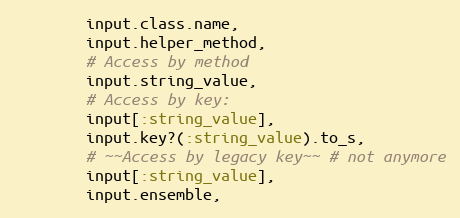
Language: Ruby
        input.class.name,
        input.helper_method,
        # Access by method
        input.string_value,
        # Access by key:
        input[:string_value],
        input.key?(:string_value).to_s,
        # ~~Access by legacy key~~ # not anymore
        input[:string_value],
        input.ensemble,